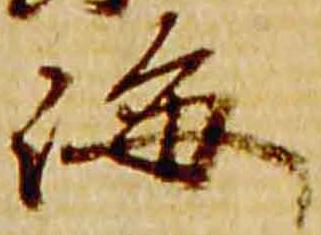
海